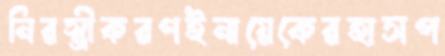
নিরস্ত্রীকরণইনায়েকেরহাসপ